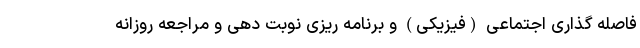
فاصله گذاری اجتماعی (فیزیکی) و برنامه ریزی نوبت دهی و مراجعه روزانه